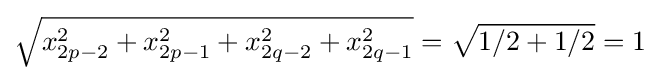
{\sqrt {x_{2p-2}^{2}+x_{2p-1}^{2}+x_{2q-2}^{2}+x_{2q-1}^{2}}}={\sqrt {1/2+1/2}}=1